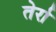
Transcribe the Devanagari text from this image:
तेर्रा